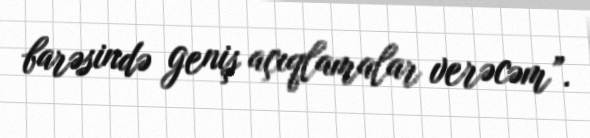
barəsində geniş açıqlamalar verəcəm”.